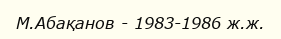
М.Абақанов - 1983-1986 ж.ж.